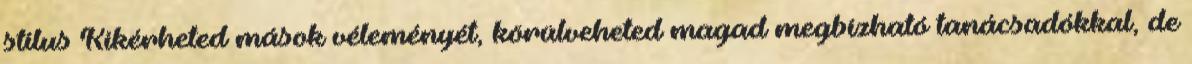
stílus Kikérheted mások véleményét, körülveheted magad megbízható tanácsadókkal, de